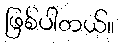
ဖြစ်ပါတယ်။